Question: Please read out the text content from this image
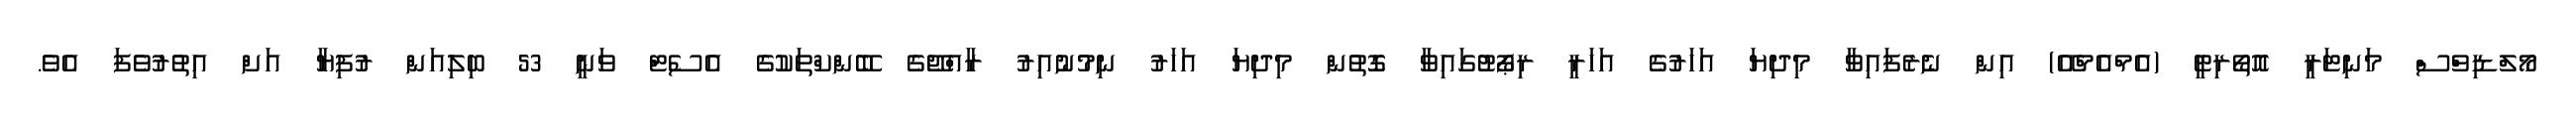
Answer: މޯލްޑިވްސް މަނިޓަރީ އޮތޯރިޓީ (އެމްއެމްއޭ) އިން ނެރެފައިވާ މިދިޔަ އަހަރުގެ އަހަރީ ރިޕޯޓުގައިވާ ގޮތުން މިދިޔަ އަހަރު ނިމުނުއިރު ރާއްޖޭގެ ބޭންކްތަކުގެ އެސެޓް ވަނީ 53 ބިލިއަން ރުފިޔާ އަށް އިތުރުވެފަ އެވެ.